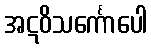
အဋဝိသင်္ကောပေါ